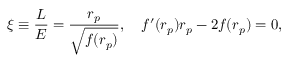
\xi \equiv \frac { L } { E } = \frac { r _ { p } } { \sqrt { f ( r _ { p } ) } } , ~ ~ ~ f ^ { \prime } ( r _ { p } ) r _ { p } - 2 f ( r _ { p } ) = 0 ,